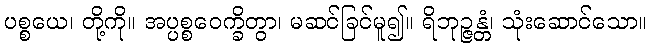
ပစ္စယေ၊ တို့ကို။ အပ္ပစ္စဝေက္ခိတွာ၊ မဆင်ခြင်မူ၍။ ရိဘုဉ္ဇန္တံ၊ သုံးဆောင်သော။